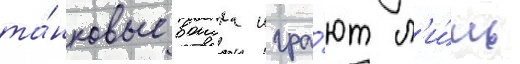
та́нковые воиска игра́ют л'и́шь